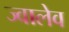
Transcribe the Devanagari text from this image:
ज्वालेव